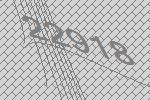
22918